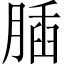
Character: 𦝥